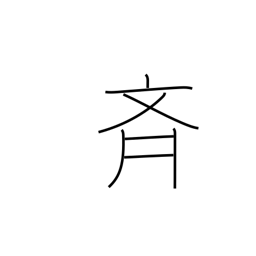
Meaning: alike